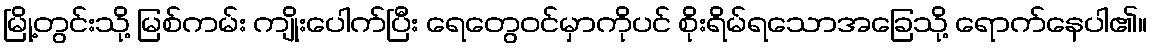
မြို့တွင်းသို့ မြစ်ကမ်း ကျိုးပေါက်ပြီး ရေတွေဝင်မှာကိုပင် စိုးရိမ်ရသောအခြေသို့ ရောက်နေပါ၏။